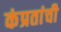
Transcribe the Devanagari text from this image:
कंप्रतांची